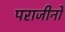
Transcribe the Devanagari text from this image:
पराजीनों